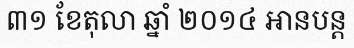
៣១ ខែតុលា ឆ្នាំ ២០១៤ អានបន្ត